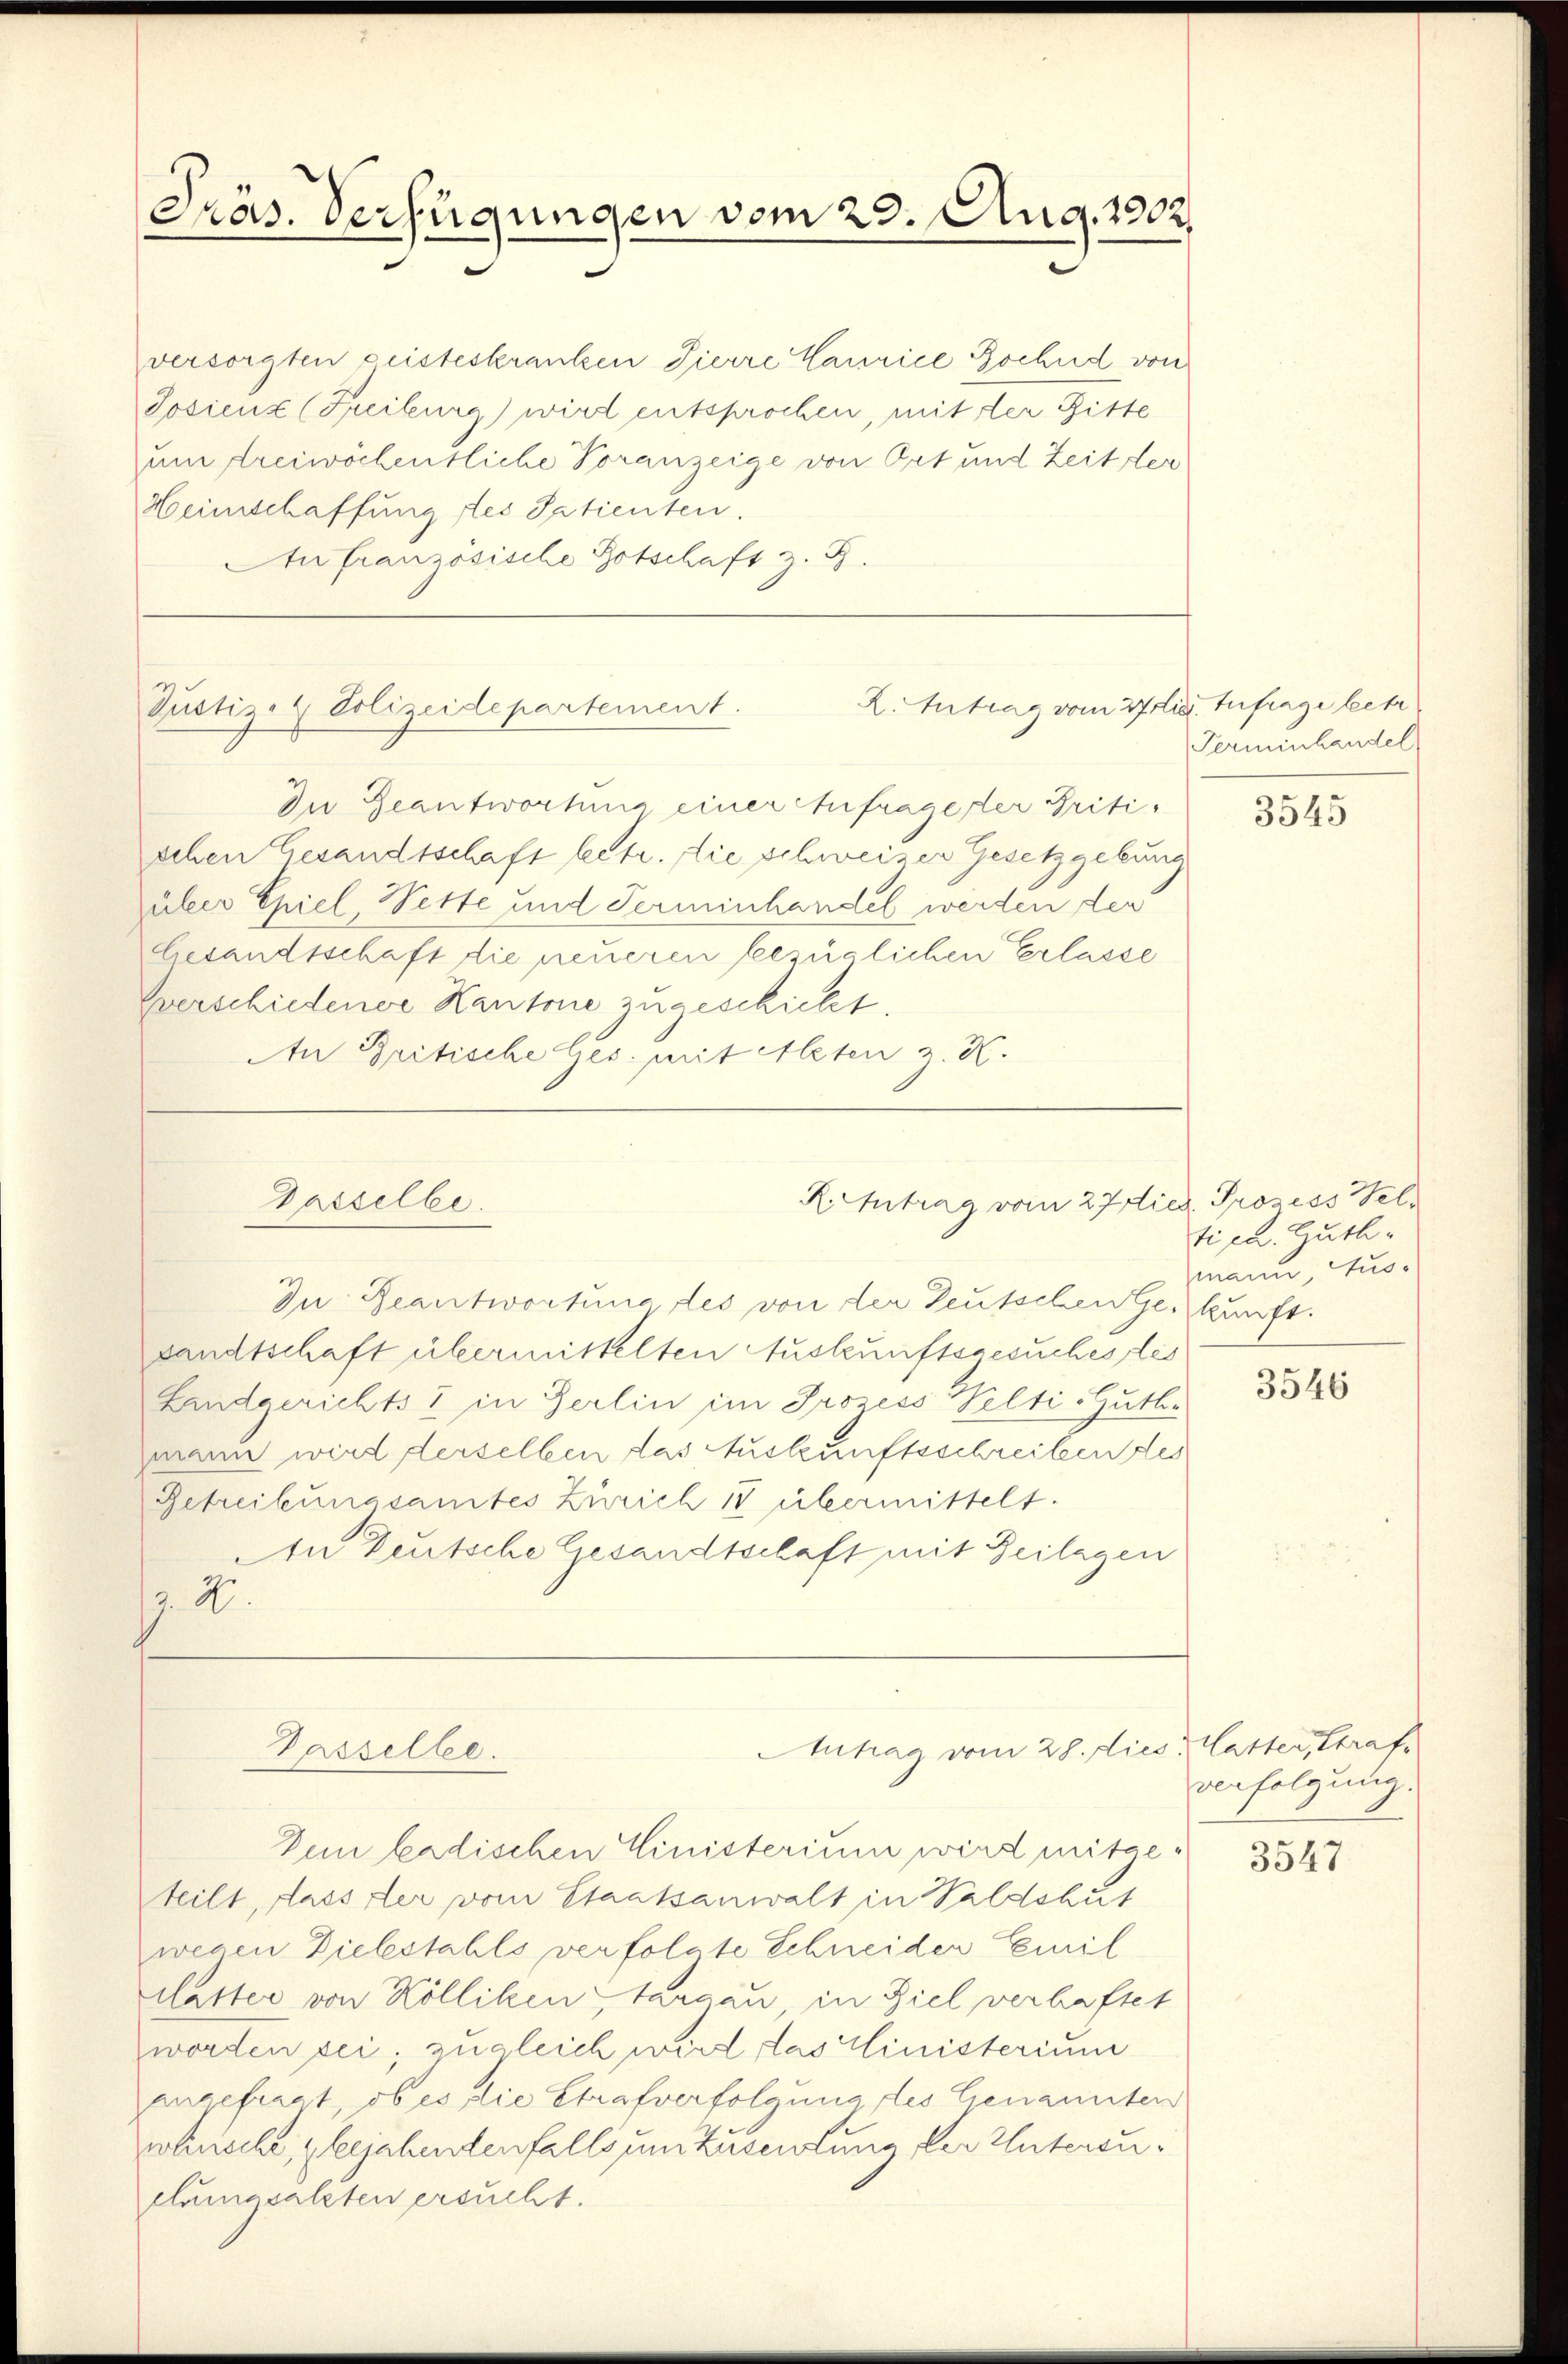
Präs. Verfügungen vom 23. Aug. 1902.

Justiz- & Polizeidepartement.

versorgten geisteskranken Tierre Laurice Bochnd von
Josienz (Freiburg) wird entsprochen, mit der Bitte
um dreiwöchentliche Voranzeige von Ort und Zeit der
Heimschaffung des Satienten.
Au französische Botschaft z. B.
Du Geantwortung einer Anfrage der Gritischen Gesandtschaft betr. die schweizer Gesetzgebung
über Epiel, Vette und Terminhandel werden der
cesandtschaft die neueren bezüglichen Erlasse
verschiedener Kantone zugeschickt.
An Britische Ges. mit Alten z. K.

Dasselbe.

Passelbe.

2. Antrag vom 27 lit. Aufrage betr

RIntrag vom 27 dies. Prozess Wel¬

Antrag vom 28. dies atter, Straf

Terminhandel

In Beantwortung des von der Teutschen Geskunft.
sandtschaft übermittelten Auskunftsgesuches les
Landgerichts & in Berlin im Prozess Welti-Guth.
zmann wird derselben das Auskunftsschreiben des
Getreibungsamtes Zürich 18 übermittelt.
An Deutsche Gesandtschaft mit Beilagen
.4.
Dein badischen Einisterium wird mitgeteilt, dass der vom Staatsanwalt in Valdshut
wegen Diebstahls verfolgte Schneider Emil
slaster von Kölliken targau, in Ziel verhaftet
worden sei, zugleich wird das Ministerium
angefragt, ob es die Strafverfolgung des Genannten
wunsche, bejahentenfalls um Zusendung der Untersuclumesalzten ersucht.

3545

tica. Zuth-
mann Aus-

3546

verfolgung.

3547